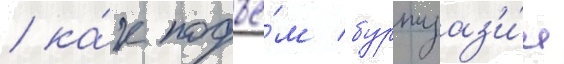
/ ка́к подъё́м буржуаз'и́и